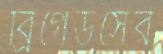
ব্রিগেডসের